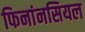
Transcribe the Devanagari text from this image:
फिनांनसियल